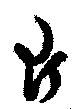
片